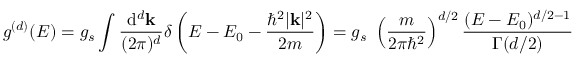
g ^ { ( d ) } ( E ) = g _ { s } \int { \frac { \mathrm { d } ^ { d } \mathbf { k } } { ( 2 \pi ) ^ { d } } } \delta \left( E - E _ { 0 } - { \frac { \hbar ^ { 2 } | \mathbf { k } | ^ { 2 } } { 2 m } } \right) = g _ { s } \ \left( { \frac { m } { 2 \pi \hbar ^ { 2 } } } \right) ^ { d / 2 } { \frac { ( E - E _ { 0 } ) ^ { d / 2 - 1 } } { \Gamma ( d / 2 ) } }